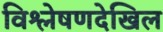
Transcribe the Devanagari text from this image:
विश्लेषणदेखिल